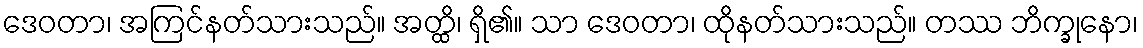
ဒေဝတာ၊ အကြင်နတ်သားသည်။ အတ္ထိ၊ ရှိ၏။ သာ ဒေဝတာ၊ ထိုနတ်သားသည်။ တဿ ဘိက္ခုနော၊